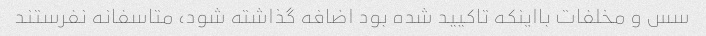
سس و مخلفات بااینکه تاکیید شده بود اضافه گذاشته شود، متاسفانه نفرستند